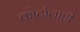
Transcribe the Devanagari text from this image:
कोर्टालाही